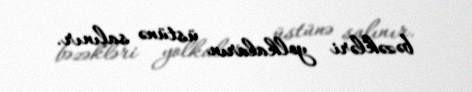
bəzəkləri yolkaların üstünə salınır.